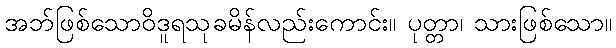
အဘ်ဖြစ်သောဝိဒူရသုခမိန်လည်းကောင်း။ ပုတ္တာ၊ သားဖြစ်သော။